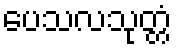
ပေသလသုတ္တံ